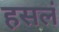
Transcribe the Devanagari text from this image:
हसलं